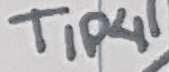
Text: TIP41